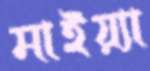
মাইয়্যা